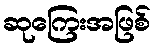
ဆုကြေးအဖြစ်